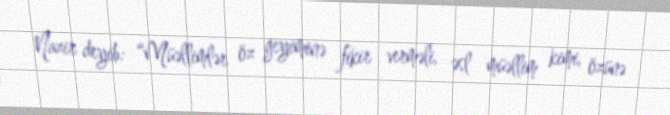
Nazir deyib: “Müəllimlər öz geyiminə fikir verməli, əsl müəllim kimi, özünə